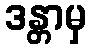
ဒန္တာမှ